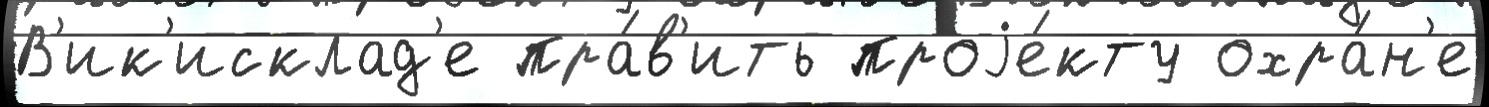
В'ик'исклад'е пра́в'ить проjе́кту охра́н'е